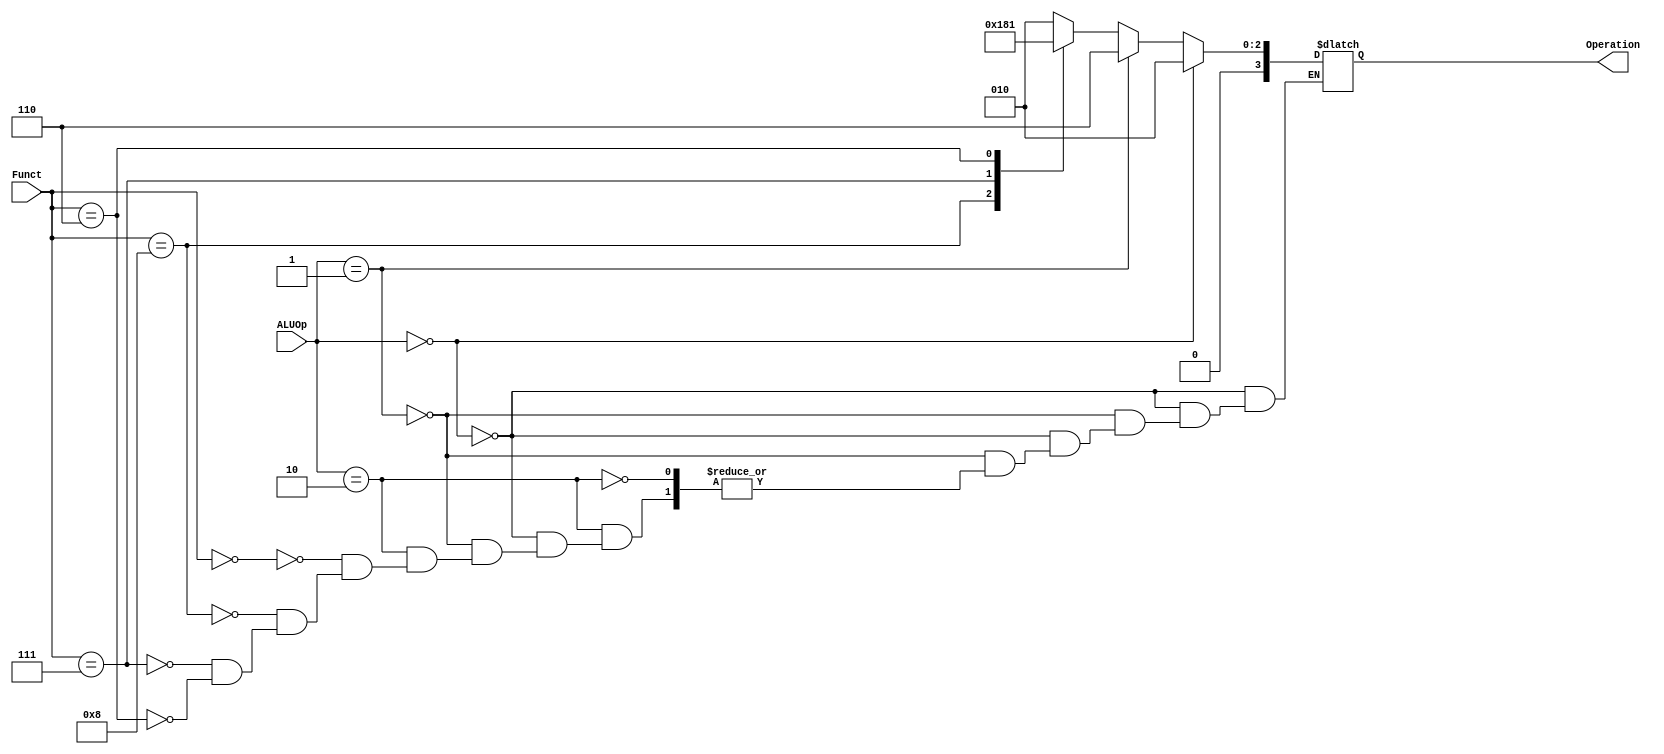
module ALU_Control(ALUOp, Funct, Operation);

	input [1:0] ALUOp;
	input [3:0] Funct;
	output reg [3:0] Operation;
	
	always@(ALUOp or Funct)
	begin
		if (ALUOp == 2'b00)
			Operation = 4'b0010;
		else if (ALUOp == 2'b01)
			Operation = 4'b0110;
		else if (ALUOp == 2'b10)begin
			case(Funct)
				4'b0000: Operation = 4'b0010;
				4'b1000: Operation = 4'b0110;
				4'b0111: Operation = 4'b0000;
				4'b0110: Operation = 4'b0001;
			endcase
		end
	end
endmodule